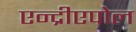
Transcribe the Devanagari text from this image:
एन्द्रीएपोल